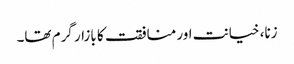
زنا، خیانت اور منافقت کا بازار گرم تھا۔